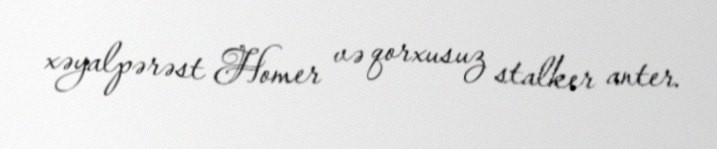
xəyalpərəst Homer və qorxusuz stalker anter.